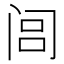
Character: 闾